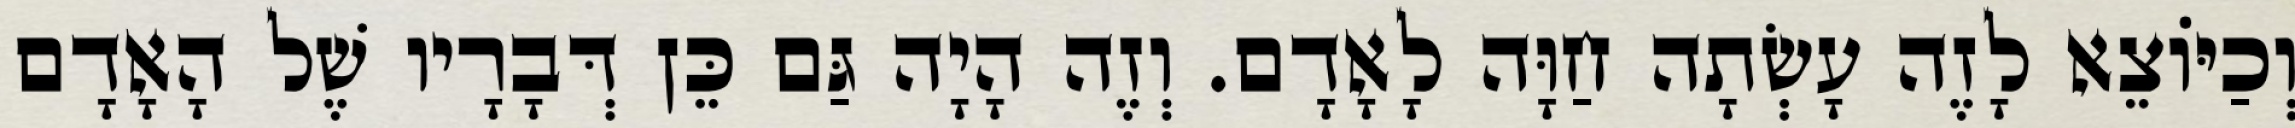
וְכַיּוֹצֵא לָזֶה עָשְׂתָה חַוָּה לָאָדָם. וְזֶה הָיָה גַּם כֵּן דְּבָרָיו שֶׁל הָאָדָם